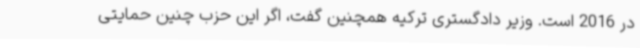
در 2016 است. وزیر دادگستری ترکیه همچنین گفت، اگر این حزب چنین حمایتی